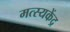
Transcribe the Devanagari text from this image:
मत्स्यकेंद्र